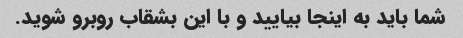
شما باید به اینجا بیایید و با این بشقاب روبرو شوید.